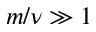
m / \nu \gg 1